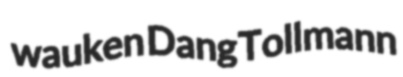
wauken Dang Tollmann